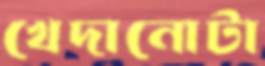
খেদানোটা